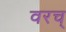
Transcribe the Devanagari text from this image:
वरच्